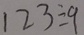
1 2 3 \div 9